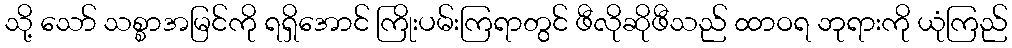
သို့ သော် သစ္စာအမြင်ကို ရရှိအောင် ကြိုးပမ်းကြရာတွင် ဖီလိုဆိုဖီသည် ထာဝရ ဘုရားကို ယုံကြည်